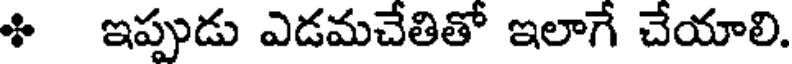
ి ఇప్పుడు ఎడమచేతితో ఇలాగే చేయాలి.